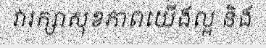
វារក្សាសុខភាពយើងល្អ និង